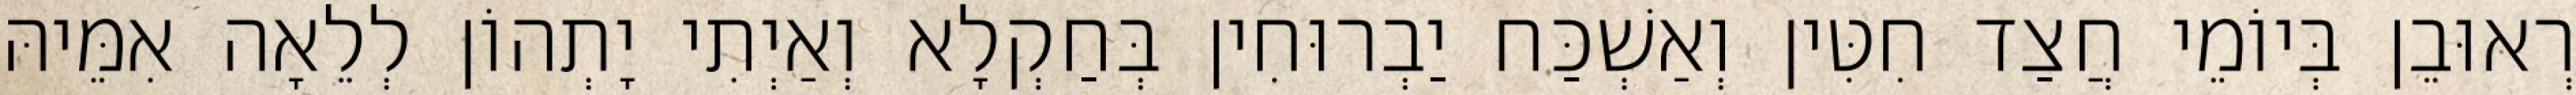
רְאוּבֵן בְּיוֹמֵי חֲצַד חִטִּין וְאַשְׁכַּח יַבְרוּחִין בְּחַקְלָא וְאַיְתִי יָתְהוֹן לְלֵאָה אִמֵּיהּ